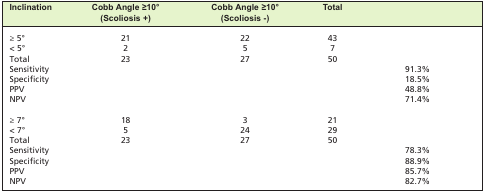
<table><thead><tr><td><b>Inclination</b></td><td><b>Cobb Angle ≥10°(Scoliosis +)</b></td><td><b>Cobb Angle ≥10°(Scoliosis -)</b></td><td><b>Total</b></td><td><b> </b></td></tr></thead><tbody><tr><td>≥ 5°</td><td>21</td><td>22</td><td>43</td><td> </td></tr><tr><td>&lt; 5°</td><td>2</td><td>5</td><td>7</td><td> </td></tr><tr><td>Total</td><td>23</td><td>27</td><td>50</td><td> </td></tr><tr><td>Sensitivity</td><td> </td><td> </td><td> </td><td>91.3%</td></tr><tr><td>Specificity</td><td> </td><td> </td><td> </td><td>18.5%</td></tr><tr><td>PPV</td><td> </td><td> </td><td> </td><td>48.8%</td></tr><tr><td>NPV</td><td> </td><td> </td><td> </td><td>71.4%</td></tr><tr><td>≥ 7°</td><td>18</td><td>3</td><td>21</td><td> </td></tr><tr><td>&lt; 7°</td><td>5</td><td>24</td><td>29</td><td> </td></tr><tr><td>Total</td><td>23</td><td>27</td><td>50</td><td> </td></tr><tr><td>Sensitivity</td><td> </td><td> </td><td> </td><td>78.3%</td></tr><tr><td>Specificity</td><td> </td><td> </td><td> </td><td>88.9%</td></tr><tr><td>PPV</td><td> </td><td> </td><td> </td><td>85.7%</td></tr><tr><td>NPV</td><td> </td><td> </td><td> </td><td>82.7%</td></tr></tbody></table>